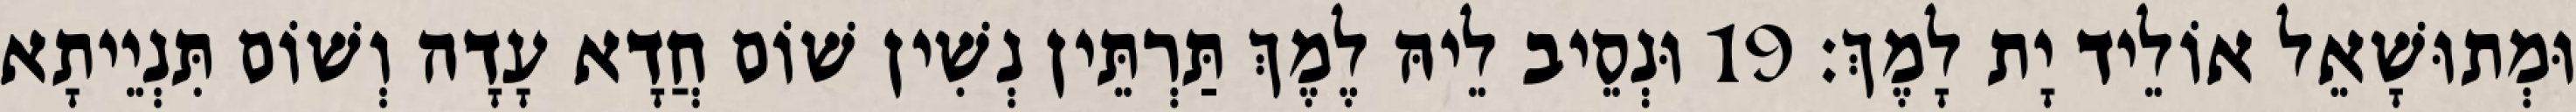
וּמְתוּשָׁאֵל אוֹלֵיד יָת לָמֶךְ׃ 19 וּנְסֵיב לֵיהּ לֶמֶךְ תַּרְתֵּין נְשִׁין שׁוֹם חֲדָא עָדָה וְשׁוֹם תִּנְיֵיתָא